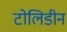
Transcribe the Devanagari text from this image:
टोलिडीन